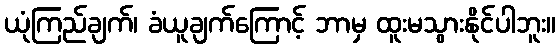
ယုံကြည်ချက်၊ ခံယူချက်ကြောင့် ဘာမှ ထူးမသွားနိုင်ပါဘူး။